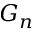
G _ { n }